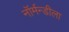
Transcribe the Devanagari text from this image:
नॉर्मन्डीला